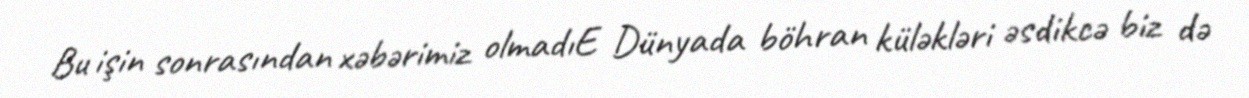
Bu işin sonrasından xəbərimiz olmadıE Dünyada böhran küləkləri əsdikcə biz də